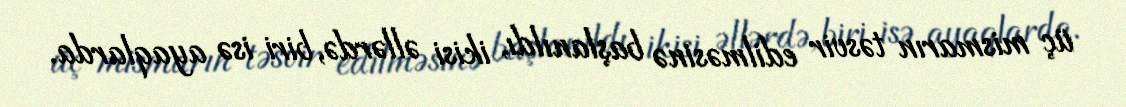
üç mismarın təsvir edilməsinə başlanıldı, ikisi əllərdə, biri isə ayaqlarda.